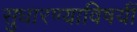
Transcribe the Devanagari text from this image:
सुधारण्याविषयीं